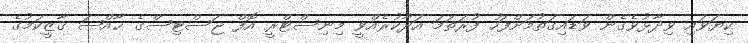
ކިޔަވައި ވިދާޅުވެގެން ވަޑައިގަތުމަށްފަހު ފުރަތަމަ އަދާކުރެއްވީ މިނިސްޓްރީ އޮފް ޖަސްޓިސްގެ ޚާއްޞަ ޤާޒީކަމުގެ